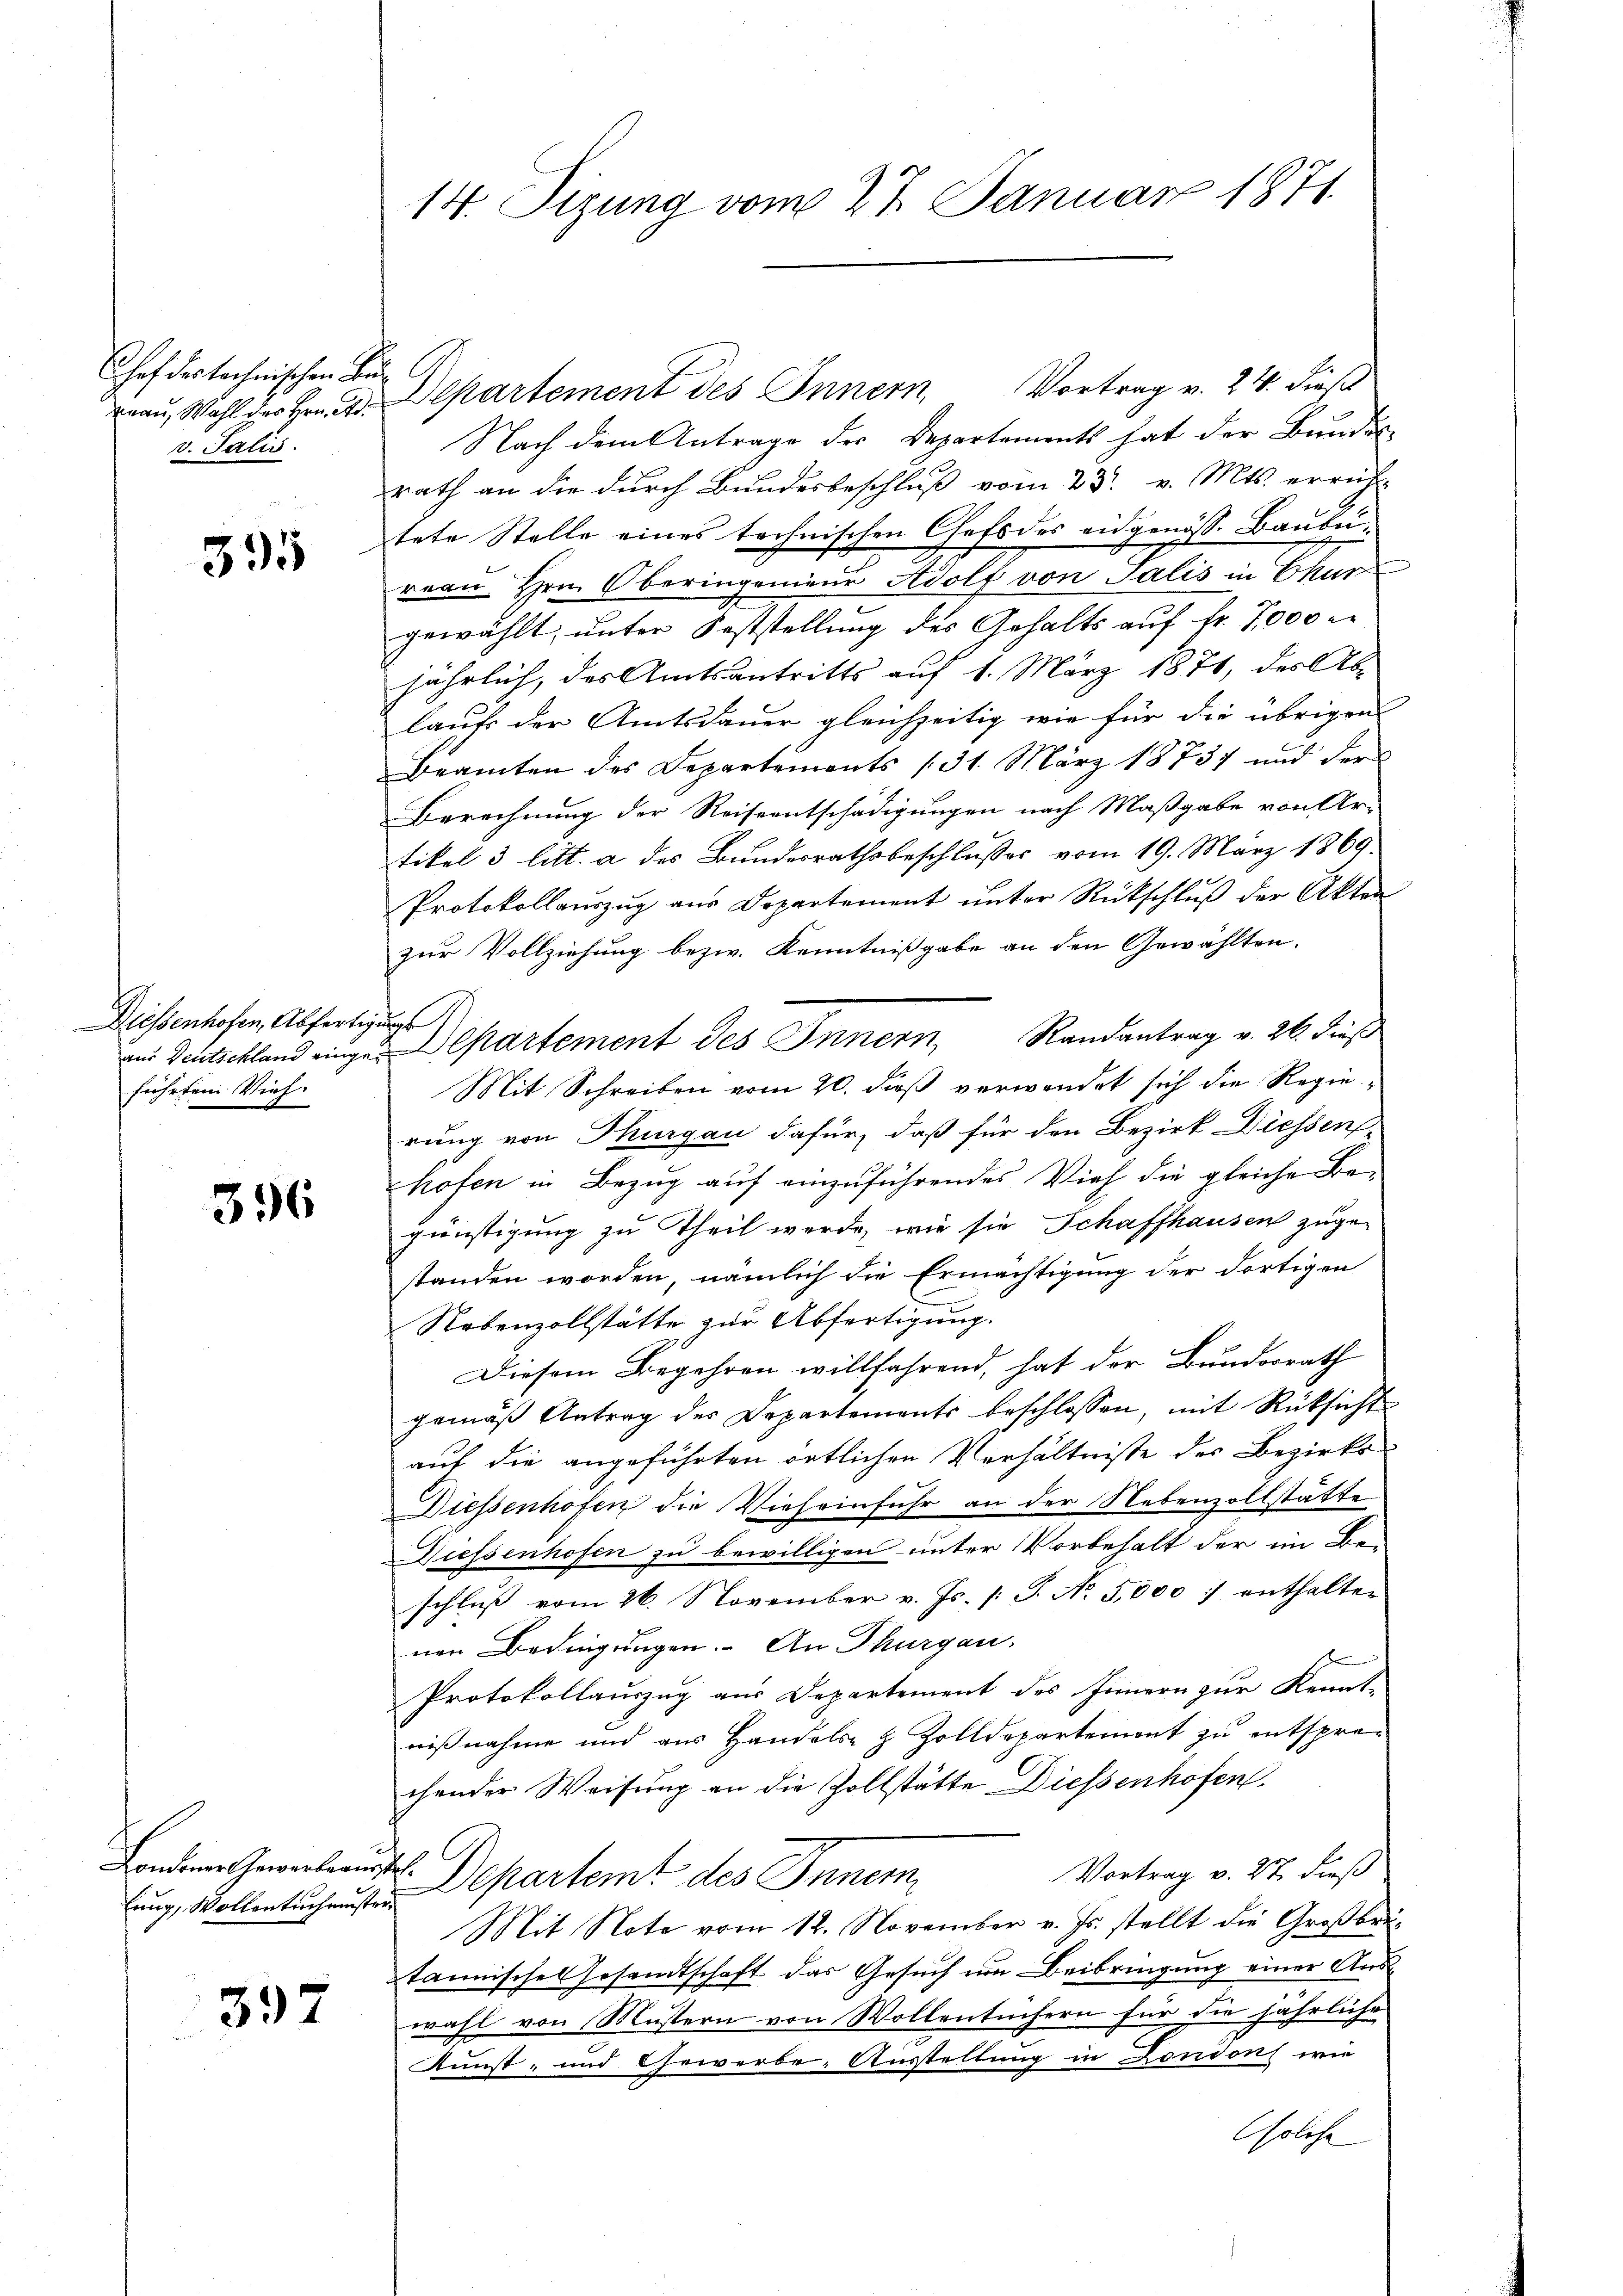
Chef der technischen Bu
v. Talis

395

Diessenhofen, Abfertigungs
führten Vieh

396

lung, Wollentuchensten

397

14. Tizung vom 27. Januar 1871

rau, Wahl des Hrn. Dr. Departement des Innern, Vortrag v. 24. dieß
Nach dem Antrage der Departements hat der Bundes-
rath an die durch Bundesbeschluß vom 23. v. Mts. erricht-
tete Stelle eines technischen Chefs des eidgenöss. Baubeireau. Hrn. Oberingenieur Adolf von Salis in Chur
gewählt, unter Feststellung des Gehalts auf fr. 7000 e
jährlich, das Amtsantritts auf 1. März 1871, des Ab-
laufs der Amtsdauer gleichzeitig wie für die übrigen
Beamten des Departements (31. März 18737 und der
Berechnung der Reiseentschädigungen nach Maßgabe von Ar-
tikel 3 litt. a des Bundesrathsbeschlusses vom 19. März 1869.
Protokollauszug aus Departement unter Rückschluß der Akten
zur Vollziehung bezw. Kenntnißgabe an den Gewählten.
an Deutschland eingen Departement des Innern, Randantrag v. 26. dieß
Mit Schreiben vom 20. dieß verwendet sich die Regierung von Thurgau dafür, daß für den Bezirk Diessens
hofen in Bezug auf einzuführendes Vieh die gleiche Begünstigung zu Theil werde, wie sie Schaffhausen zugestanden worden, nämlich die Ermächtigung der dortigen
Nebenzollstätte zŭr Abfertigung.
Diesem Begehren willfahrend, hat der Bundesrath
gemäβ Antrag der Departements beschlossen, mit Rüksicht
auf die angeführten örtlichen Verhältnisse des Bezirks¬
Diessenhofen die Vieheinfuhr an der Nebenzollstätte
Niessenhofen zu bewilligen unter Vorbehalt der im Be-
schluß vom 26. November v. Js. [: J. No 5,000 : enthalter
nen Bedingungen. An Thurgau,
Protokollauszug aus Departement des Innern zur Kennt-
nißnahme und aus Handels- & Zolldepartement zu entsprechender Weisung an die Zollstätte Diessenhofen.
Vortrag v. 27. dieß
Landen Gewerbeauft. Departemt des Innern,
Mit Note vom 12. November v. Js. stellt die Großbrütannisches Gesandtschaft das Gesuch um Beibringung einer Auswahl von Mustern von Wollentüchern für die jährliche
Kunst- und Gewerbe, Ausstellung in Londons wie
solche